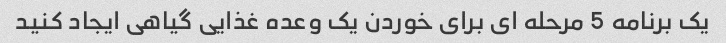
یک برنامه 5 مرحله ای برای خوردن یک وعده غذایی گیاهی ایجاد کنید